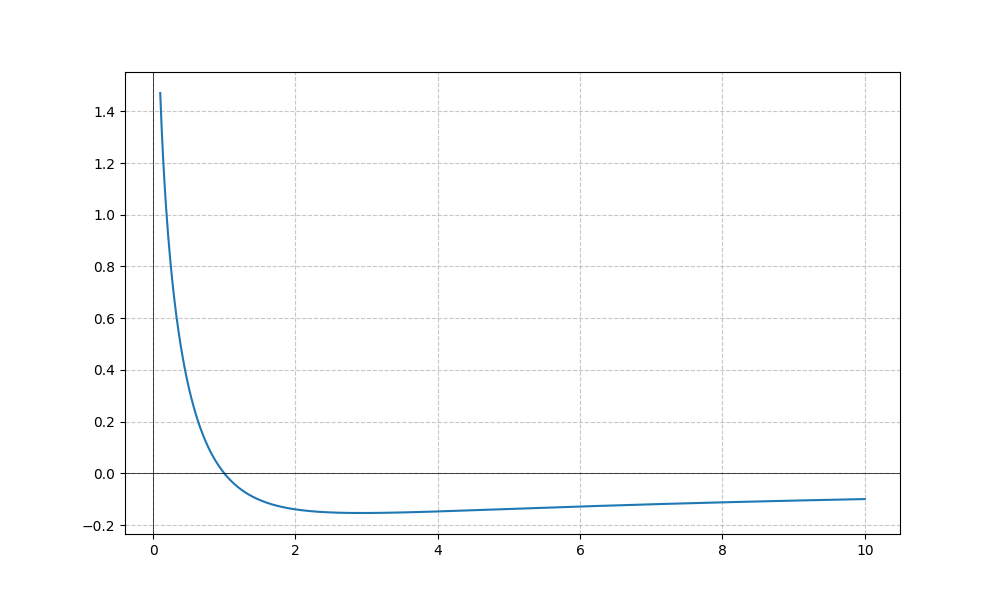
LaTeX formula: - \frac{\log{\left(x \right)} \operatorname{acot}{\left(x \right)}}{\log{\left(10 \right)}}